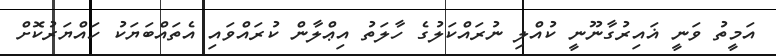
އަމީތު ވަނީ ޣައިރުގާނޫނީ ކުއްލި ނުރައްކަލުގެ ހާލަތު އިޢްލާން ކުރައްވައި އެތައްބަޔަކު ހައްޔަރުކޮށް